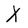
Character: X